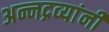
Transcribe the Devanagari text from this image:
अन्नद्रव्यांनी